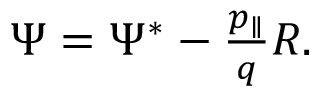
\begin{array} { r } { \Psi = \Psi ^ { \ast } - \frac { p _ { \parallel } } { q } { R } . } \end{array}